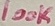
Text: 100K